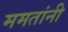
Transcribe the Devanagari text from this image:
ममतांनी